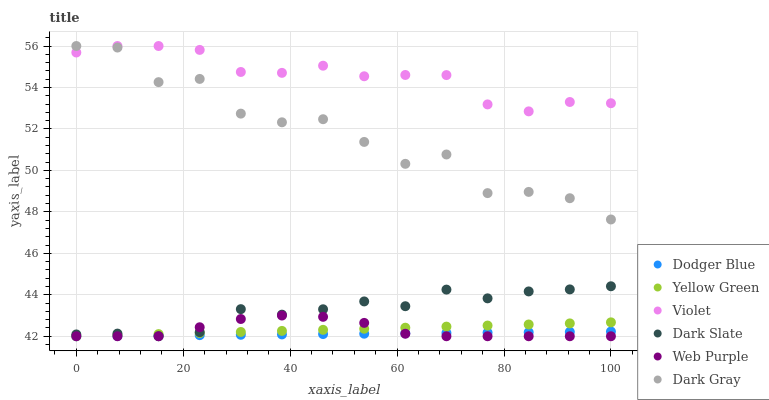
| xaxis_label | Dodger Blue | Yellow Green | Violet | Dark Slate | Web Purple | Dark Gray |
 | --- | --- | --- | --- | --- | --- | --- |
 | 0 | 42 | 42 | 55.7 | 42.1 | 42 | 56 |
 | 7.69 | 42 | 42.1 | 56 | 42.1 | 42 | 55.9 |
 | 15.4 | 42 | 42.1 | 56 | 42 | 42 | 54.3 |
 | 23.1 | 42.1 | 42.2 | 55.8 | 42.2 | 42.4 | 54.4 |
 | 30.8 | 42.1 | 42.2 | 54.7 | 43.3 | 42.8 | 52.7 |
 | 38.5 | 42.1 | 42.3 | 54.7 | 43 | 43 | 52.3 |
 | 46.2 | 42.1 | 42.3 | 55.1 | 43.3 | 42.9 | 52.5 |
 | 53.8 | 42.1 | 42.4 | 54.5 | 43.7 | 42.6 | 51.4 |
 | 61.5 | 42.1 | 42.4 | 54.6 | 43.4 | 42.1 | 50.3 |
 | 69.2 | 42.2 | 42.5 | 54.6 | 44.3 | 42 | 50.8 |
 | 76.9 | 42.2 | 42.5 | 53.2 | 43.8 | 42 | 48.9 |
 | 84.6 | 42.2 | 42.6 | 52.8 | 44.2 | 42 | 49 |
 | 92.3 | 42.2 | 42.6 | 53.3 | 44.3 | 42 | 48.7 |
 | 100 | 42.2 | 42.7 | 53.2 | 44.4 | 42 | 47.6 |